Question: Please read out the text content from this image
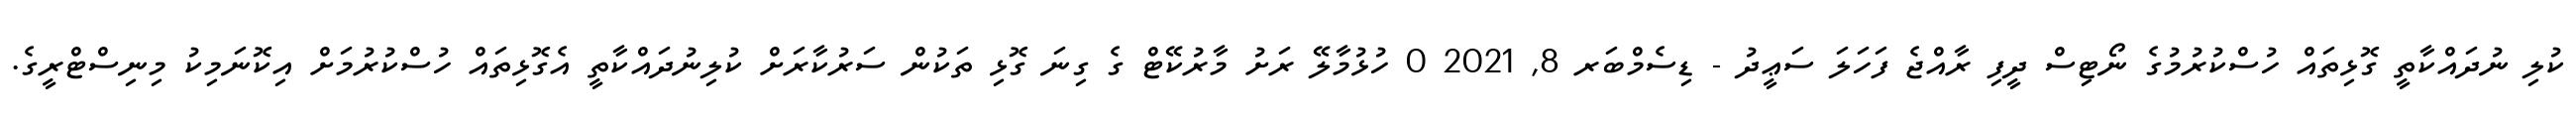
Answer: ކުލި ނުދައްކާތީ ގޮޅިތައް ހުސްކުރުމުގެ ނޯޓިސް ދީފި ރާއްޖެ ފަހަލަ ސަޢީދު - ޑިސެމްބަރ 8, 2021 0 ހުޅުމާލޭ ރަށު މާރުކޭޓް ގެ ގިނަ ގޮޅި ތަކުން ސަރުކާރަށް ކުލިނުދައްކާތީ އެގޮޅިތައް ހުސްކުރުމަށް އިކޮނަމިކު މިނިސްޓްރީގެ.